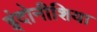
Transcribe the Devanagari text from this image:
इंदोनीशिया